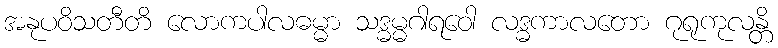
အနုပဝိသတီတိ လောကပါလဓမ္မာ သဒ္ဓမ္မဂါရဝေါ လဒ္ဓကာလတော ဂုရုကုလန္တိ